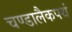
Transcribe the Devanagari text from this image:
चण्डालैकपथं